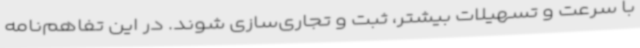
با سرعت و تسهیلات بیشتر، ثبت و تجاری‌سازی شوند. در این تفاهم‌نامه‌